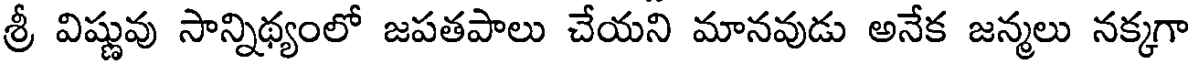
శ్రీ విష్ణువు సాన్నిథ్యంలో జపతపాలు చేయని మానవుడు అనేక జన్మలు నక్కగా